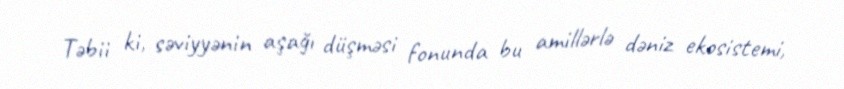
Təbii ki, səviyyənin aşağı düşməsi fonunda bu amillərlə dəniz ekosistemi,